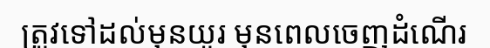
ត្រូវទៅដល់មុនយូរ មុនពេលចេញដំណើរ